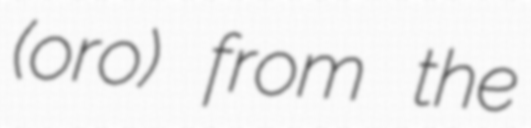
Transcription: (oro) from the